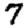
Digit: 7